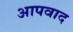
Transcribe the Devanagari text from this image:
आपवाद